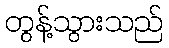
တွန့်သွားသည်